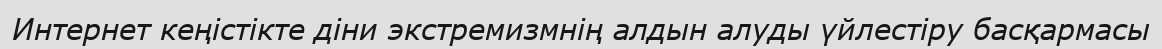
Интернет кеңістікте діни экстремизмнің алдын алуды үйлестіру басқармасы